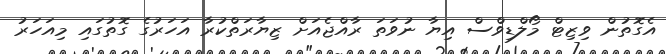
އެގޮތުން ވިޒިޓް މޯލްޑިވްސް އިޔާ ނުވަތަ ރާއްޖެއަށް ޒިޔާރަތްކުރާ އަހަރުގެ ގޮތުގައި މިއަހަރު